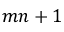
m n + 1